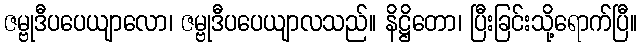
ဇမ္ဗုဒီပပေယျာလော၊ ဇမ္ဗုဒီပပေယျာလသည်။ နိဋ္ဌိတော၊ ပြီးခြင်းသို့ရောက်ပြီ။